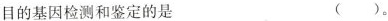
目的基因检测和鉴定的是 ()。